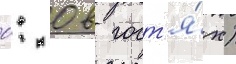
0: 0 в гост'я́х)